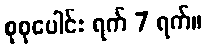
စုစုပေါင်း ရက် 7 ရက်။